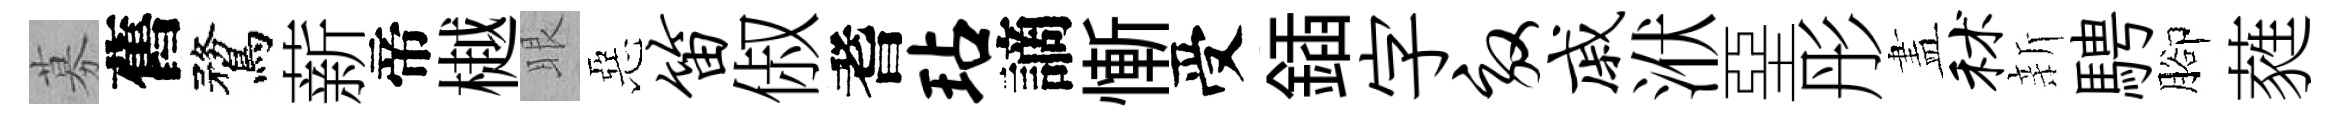
募舊鶩薪帝樾眼惡笛俶耆玷謫慚受鍤字效戚洑堊彤𥁞秫新騁腳蕤